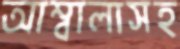
আম্বালাসহ